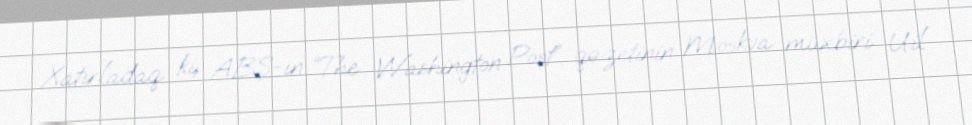
Xatırladaq ki, ABŞ-ın “The Washington Post” qəzetinin Moskva müxbiri Uil